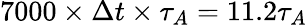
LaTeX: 7000\times\Delta t\times\tau_{A}=11.2\tau_{A}